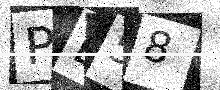
Text: PD58